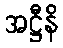
အဋ္ဌီနိ